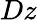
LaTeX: Dz